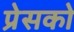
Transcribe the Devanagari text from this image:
प्रेसको